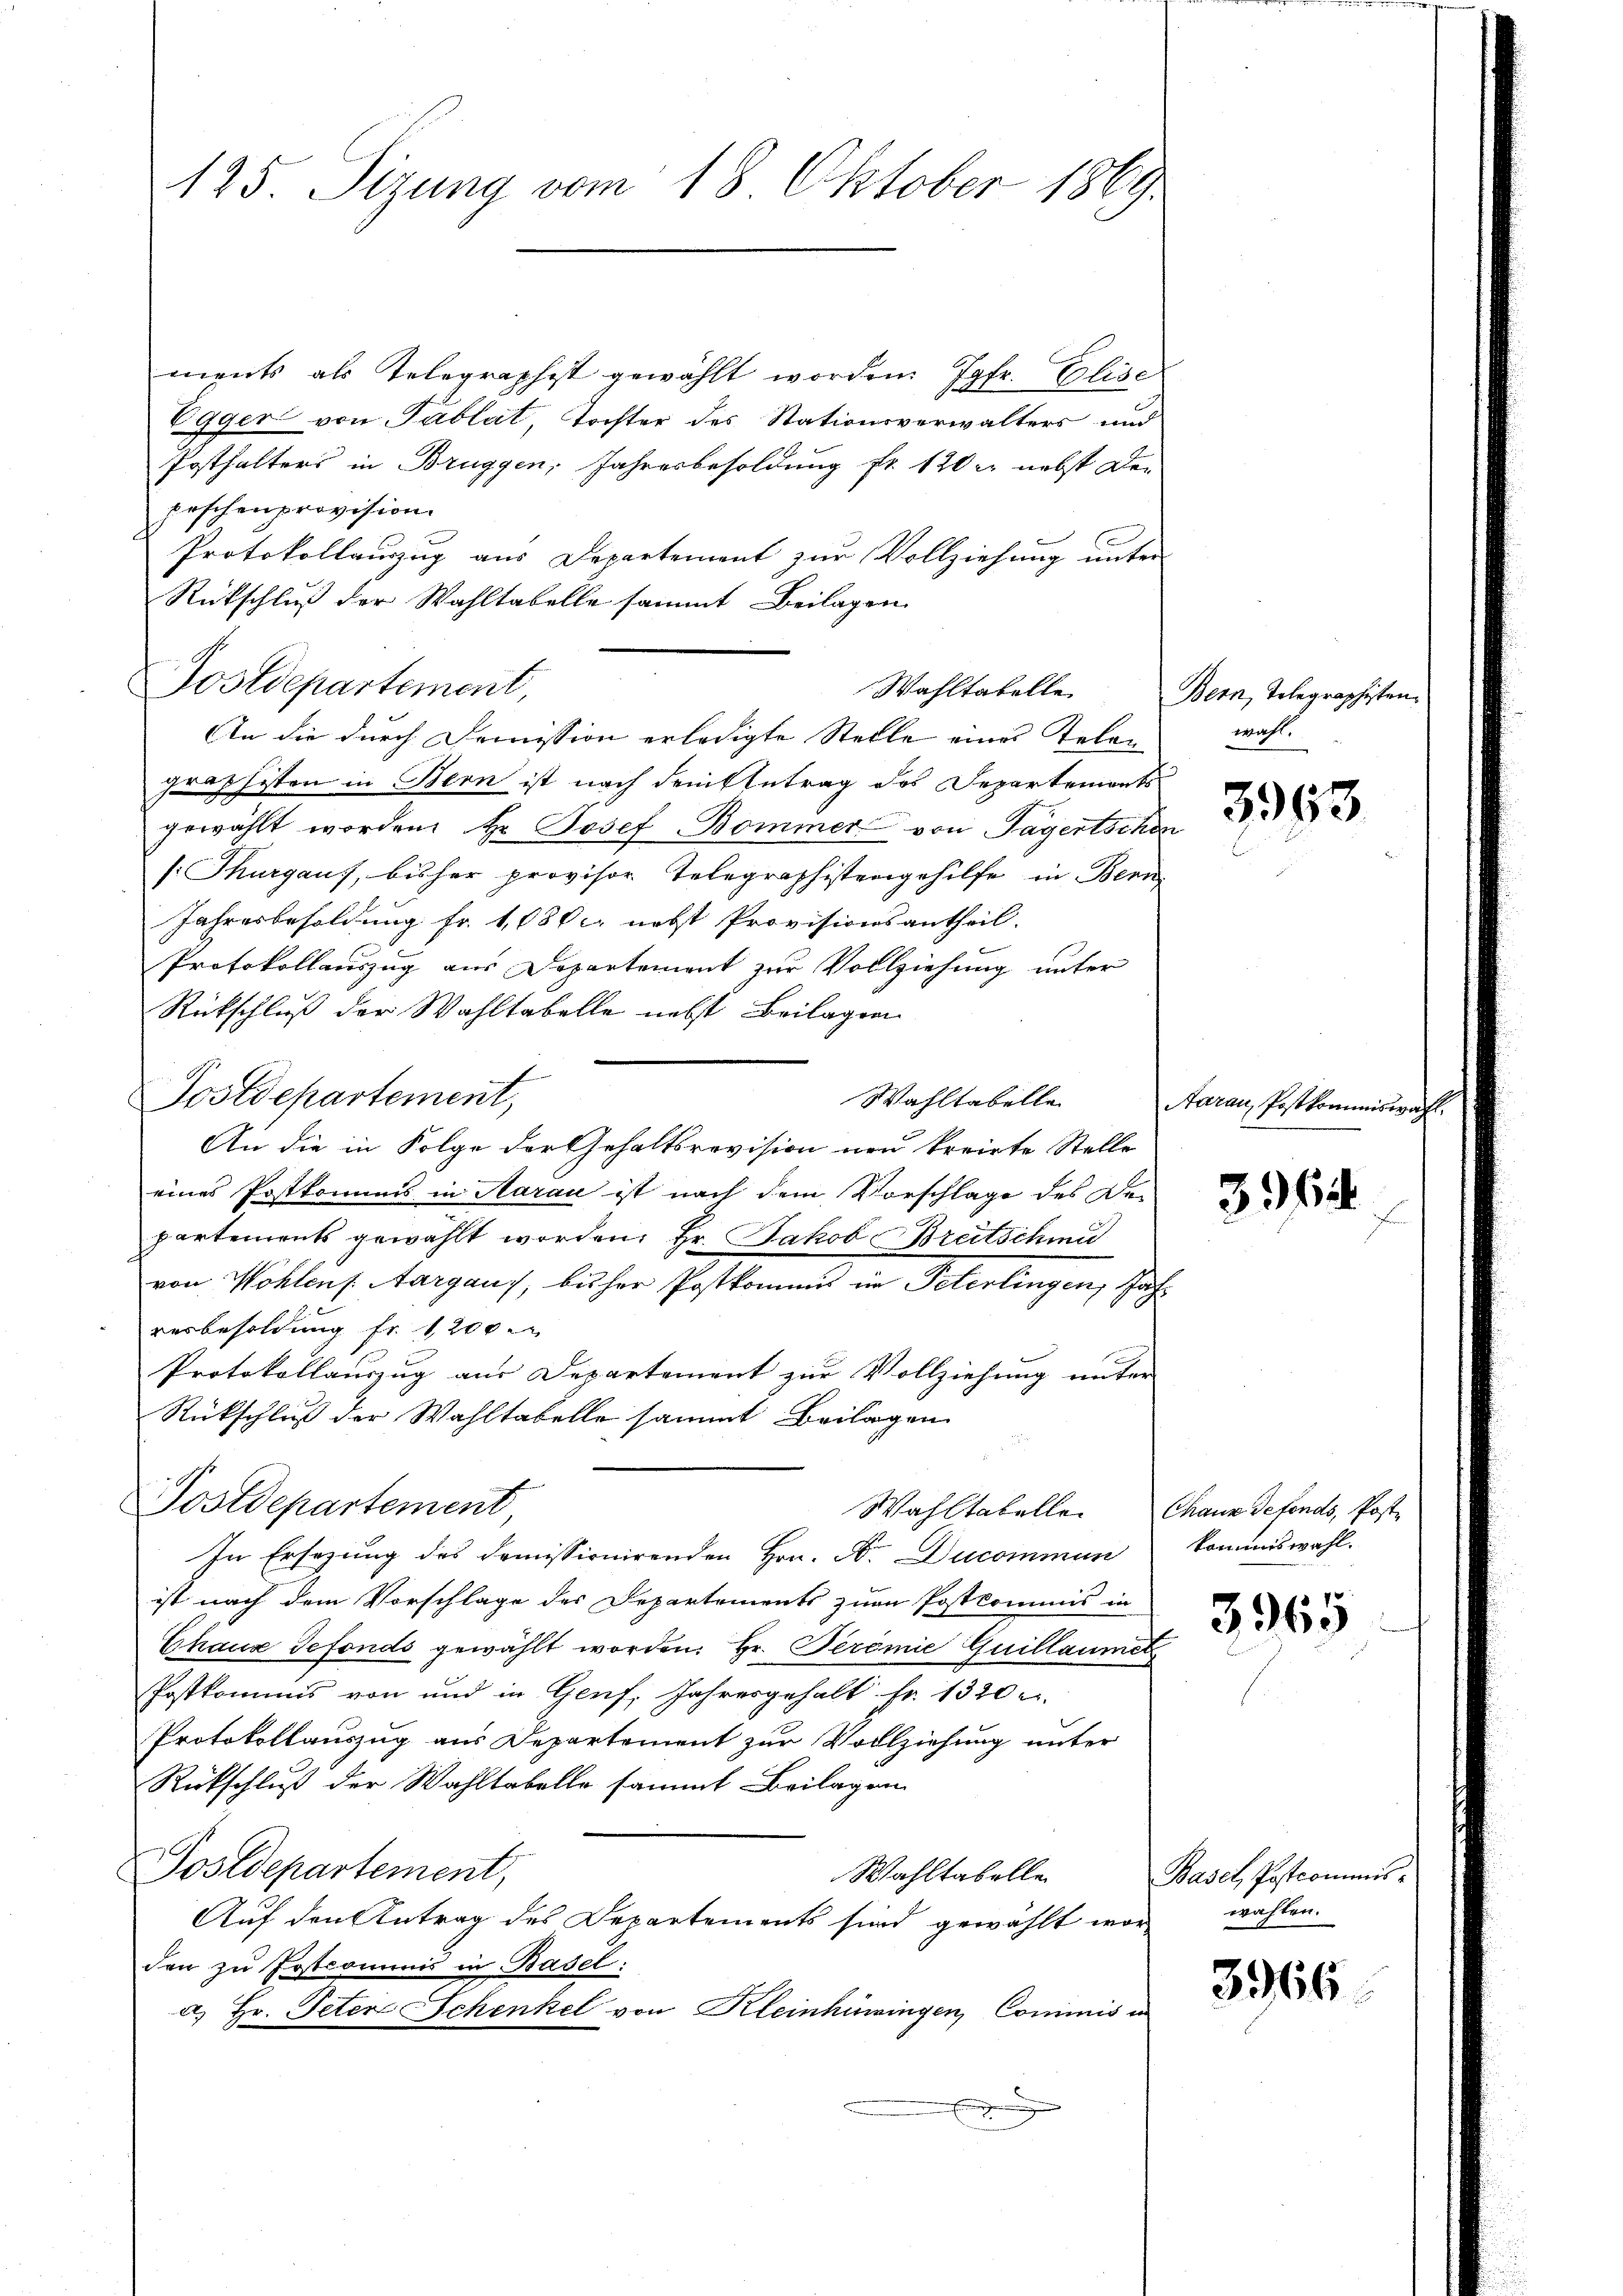
125 Sizung vom 18. Oktober 1869

ments als Telegraphist gewählt worden Jgfr. Elise
Egger von Tablat, Tochter des Stationsverwalters und
Posthalters in Bruggen, Jahresbesoldung fr. 120 nebst De-
Erschen provision.
Protokollauszug aus Departement zur Vollziehung unter
Rückschluß der Wahltabelle sammt Beilagen
graphisten in Bern ist nach dem Betrag des Departements
gewählt worden. Hr. Josef Bommer von Tagertscher
[: Thurgaus, bisher provisor Telegraphistengehilfe in Bern,
Jahresbesoldung fr. 1080 nebst Provisionsantheil.
Protokollauszug aus Departement zur Vollziehung unter
Rückschluß der Wahltabelle nebst Beilagen
Postdepartement,
Wahltabelle
An die in Folge der Gehaltsrevision neu kreiste Stelle
eines Postkommis in Aarau ist nach dem Vorschlage des De-
partements gewählt worden. Hr. Jakob Breitschmu
von Wohlens. Aargaus, bisher Postkommis im Peterlingen, Jahresbesoldung fr. 1200.
Protokollauszug aus Departement zur Vollziehung unter
Rückschluß der Wahltabelle sammt Beilagen
Postdepartement
Wahltabelle. Chaux defends, Poste
In Ersezung des domissionirenden Hrn. N. Ducommun
ist nach dem Vorschlage des Departements zur Postkommis in
Chaux defonds gewählt worden. Hr. Peremie Guillaumet
Postkommis von und in Genf, Jahresgehalt Fr. 1320 e
Protokollauszug aus Departement zur Vollziehung unter
Rückschluß der Wahltabelle sammt Beilagen
Postdepartement,
Wahltabelle
Auf den Antrag des Departements sind gewählt wer wählen.
den zu Jrstcommis in Basel:
a. Hr. Peter Schenkel von Kleinhüringen Commis in
u

Postdepartement,

An die durch Demission erledigte Stelle eines Telen

Wahltabelle. Bern, Telegraphisten.
wahl.

5963

Aarau, Postkommiswa¬

3962

kommiswahl.

3965

Basel, Postcommis¬

3966